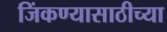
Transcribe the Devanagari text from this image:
जिंकण्यासाठीच्या